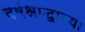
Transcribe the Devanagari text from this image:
वर्षश्राद्धाच्या